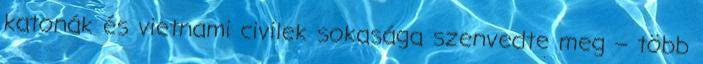
katonák és vietnami civilek sokasága szenvedte meg – több